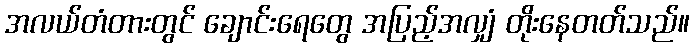
အလယ်တံတားတွင် ချောင်းရေတွေ အပြည့်အလျှံ တိုးနေတတ်သည်။